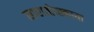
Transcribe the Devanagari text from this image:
सारातोव्स्काया